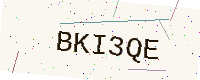
Text: BKI3QE